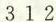
3 1 2